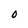
Character: O